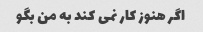
اگر هنوز کار نمی کند به من بگو